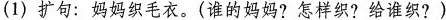
(1)扩句：妈妈织毛衣。(谁的妈妈?怎样织?给谁织?)